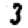
Digit: 3